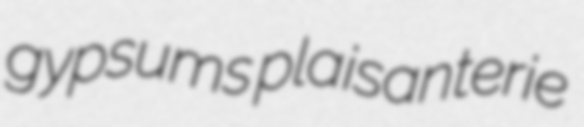
gypsums plaisanterie